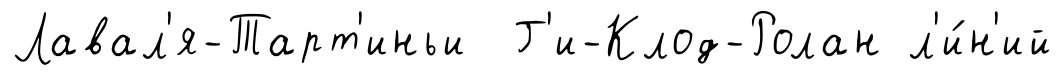
Лавал'я-Тарт'иньи Г'и-Клод-Ролан л'и́н'ий